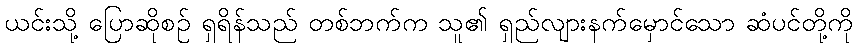
ယင်းသို့ ပြောဆိုစဉ် ရှရိန်သည် တစ်ဘက်က သူ၏ ရှည်လျားနက်မှောင်သော ဆံပင်တို့ကို